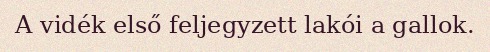
A vidék első feljegyzett lakói a gallok.